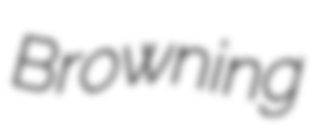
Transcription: Browning